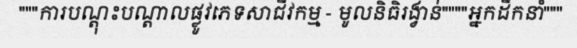
"""ការបណ្តុះបណ្តាលផ្លូវភេទសាជីវកម្ម - មូលនិធិរង្វាន់""""អ្នកដឹកនាំ"""